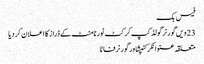
فیس بک
23 ویں گورنر گولڈ کپ کرکٹ ٹورنامنٹ کے ڈراز کا اعلان کر دیا
متعلقہ عنوانکرکٹپشاورگورنرفاٹا